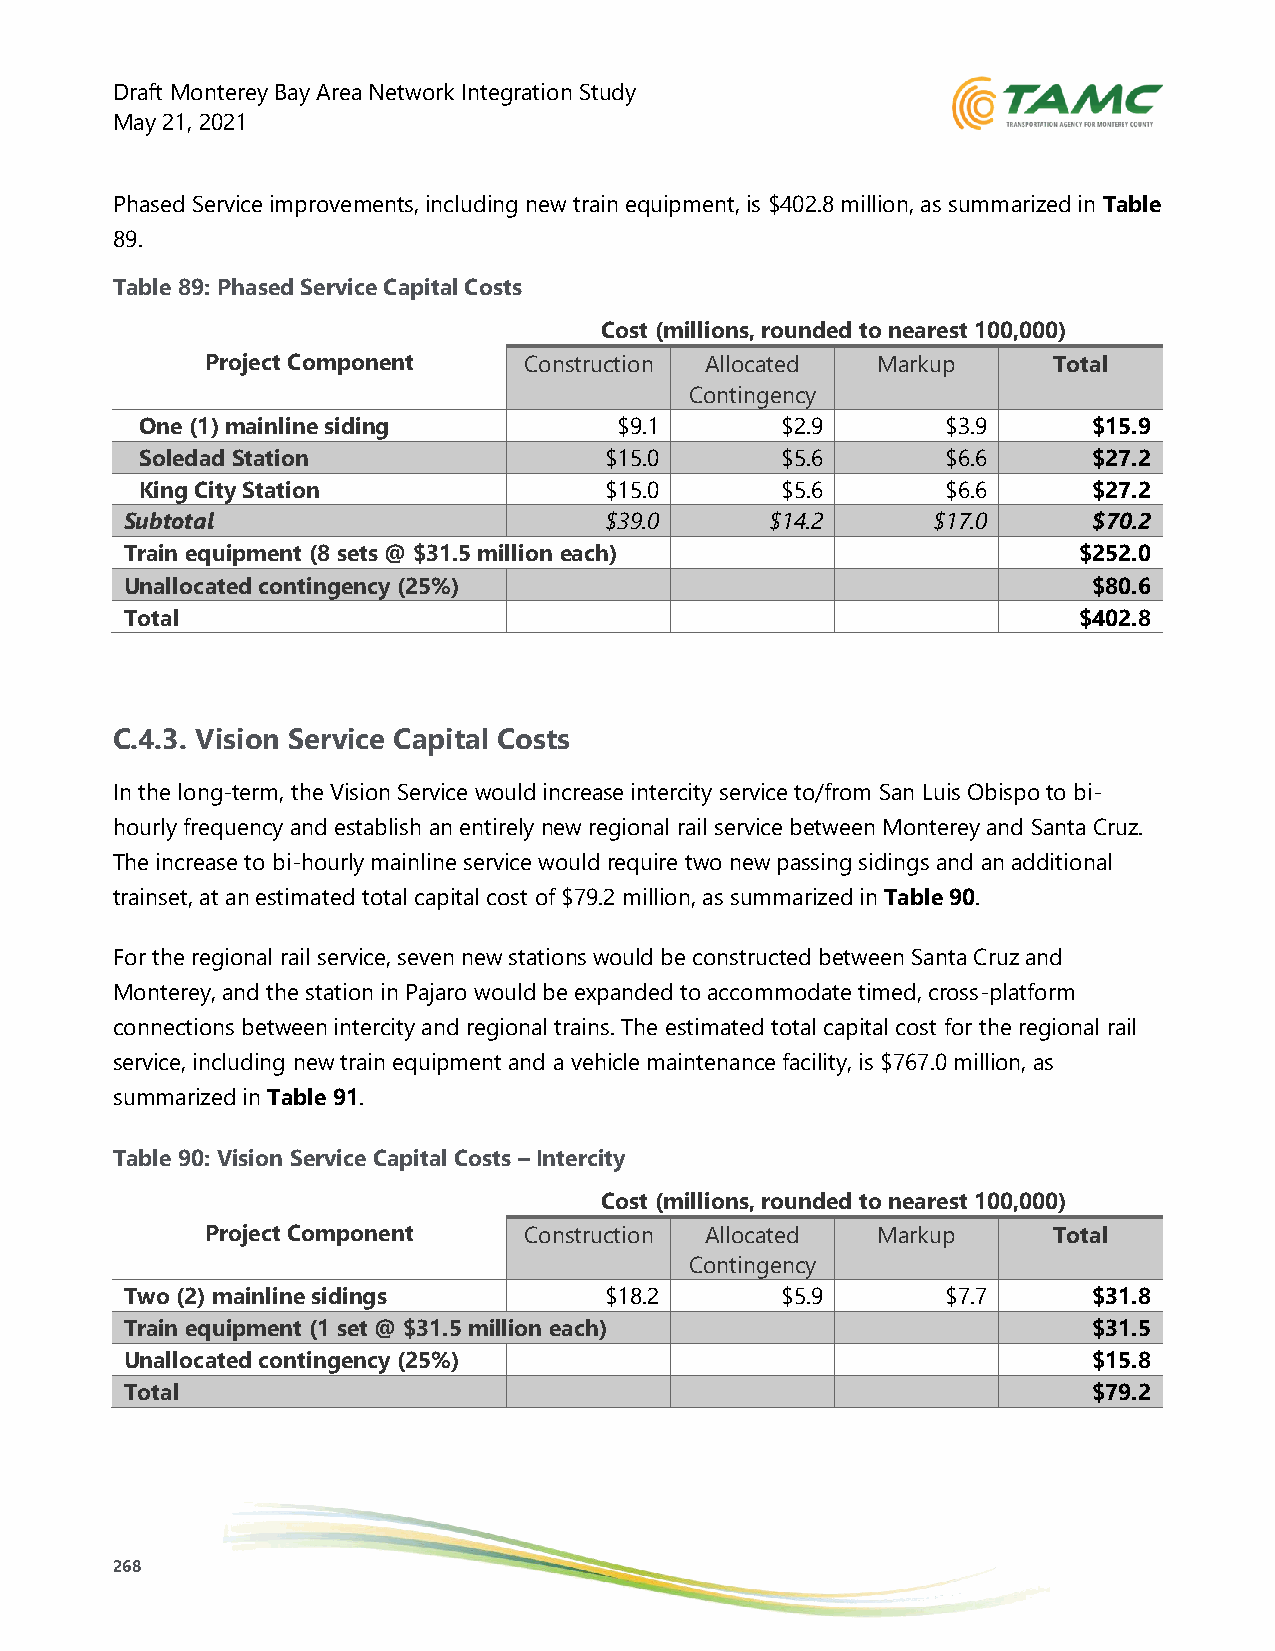
Draft Monterey Bay Area Network Integration Study
 May 21, 2021
 Phased Service improvements, including new train equipment, is $402.8 million, as summarized in Table
 89.
 Table 89: Phased Service Capital Costs
 Cost (millions, rounded to nearest 100,000)
 Project Component    Construction Allocated Markup      Total
 Contingency
 One (1) mainline siding         $9.1       $2.9       $3.9     $15.9
 Soledad Station                $15.0       $5.6       $6.6     $27.2
 King City Station              $15.0       $5.6       $6.6     $27.2
 Subtotal                        $39.0      $14.2      $17.0     $70.2
 Train equipment (8 sets @ $31.5 million each)                  $252.0
 Unallocated contingency (25%)                                   $80.6
 Total                                                          $402.8
 C.4.3. Vision Service Capital Costs
 In the long-term, the Vision Service would increase intercity service to/from San Luis Obispo to bi-
 hourly frequency and establish an entirely new regional rail service between Monterey and Santa Cruz.
 The increase to bi-hourly mainline service would require two new passing sidings and an additional
 trainset, at an estimated total capital cost of $79.2 million, as summarized in Table 90.
 For the regional rail service, seven new stations would be constructed between Santa Cruz and
 Monterey, and the station in Pajaro would be expanded to accommodate timed, cross-platform
 connections between intercity and regional trains. The estimated total capital cost for the regional rail
 service, including new train equipment and a vehicle maintenance facility, is $767.0 million, as
 summarized in Table 91.
 Table 90: Vision Service Capital Costs – Intercity
 Cost (millions, rounded to nearest 100,000)
 Project Component    Construction Allocated Markup      Total
 Contingency
 Two (2) mainline sidings        $18.2       $5.9       $7.7     $31.8
 Train equipment (1 set @ $31.5 million each)                    $31.5
 Unallocated contingency (25%)                                   $15.8
 Total                                                           $79.2
 268